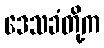
ဒေသခံတို့က